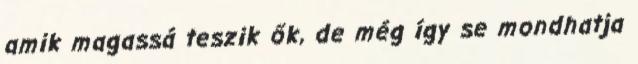
amik magassá teszik ők, de még így se mondhatja